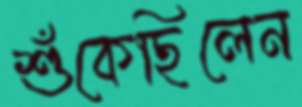
শুঁকেছিলেন